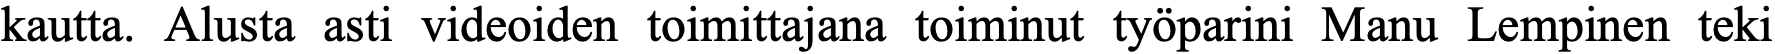
kautta. Alusta asti videoiden toimittajana toiminut työparini Manu Lempinen teki